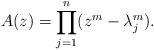
LaTeX: \begin{align*}A(z)=\prod_{j=1}^n(z^m-\lambda_j^m).\end{align*}